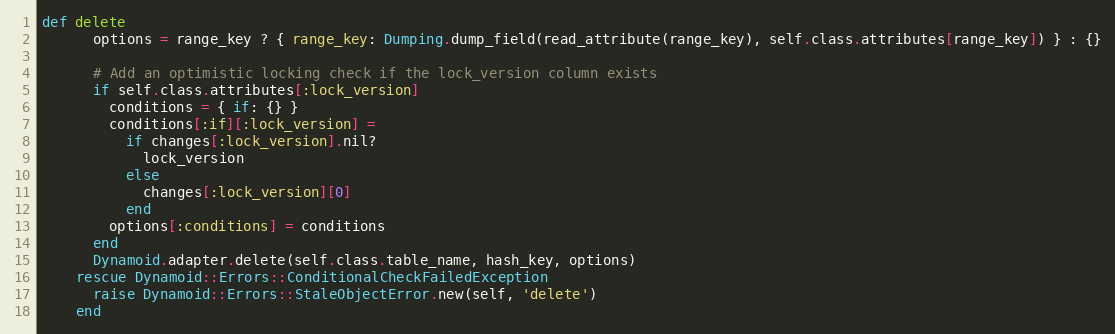
Language: Ruby
def delete
      options = range_key ? { range_key: Dumping.dump_field(read_attribute(range_key), self.class.attributes[range_key]) } : {}

      # Add an optimistic locking check if the lock_version column exists
      if self.class.attributes[:lock_version]
        conditions = { if: {} }
        conditions[:if][:lock_version] =
          if changes[:lock_version].nil?
            lock_version
          else
            changes[:lock_version][0]
          end
        options[:conditions] = conditions
      end
      Dynamoid.adapter.delete(self.class.table_name, hash_key, options)
    rescue Dynamoid::Errors::ConditionalCheckFailedException
      raise Dynamoid::Errors::StaleObjectError.new(self, 'delete')
    end